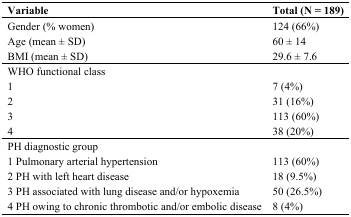
<table><thead><tr><td><b>Variable</b></td><td><b>Total (N = 189)</b></td></tr></thead><tbody><tr><td>Gender (% women)</td><td>124 (66%)</td></tr><tr><td>Age (mean ± SD)</td><td>60 ± 14</td></tr><tr><td>BMI (mean ± SD)</td><td>29.6 ± 7.6</td></tr><tr><td colspan="2">WHO functional class</td></tr><tr><td>1</td><td>7 (4%)</td></tr><tr><td>2</td><td>31 (16%)</td></tr><tr><td>3</td><td>113 (60%)</td></tr><tr><td>4</td><td>38 (20%)</td></tr><tr><td colspan="2">PH diagnostic group</td></tr><tr><td>1 Pulmonary arterial hypertension</td><td>113 (60%)</td></tr><tr><td>2 PH with left heart disease</td><td>18 (9.5%)</td></tr><tr><td>3 PH associated with lung disease and/or hypoxemia</td><td>50 (26.5%)</td></tr><tr><td>4 PH owing to chronic thrombotic and/or embolic disease</td><td>8 (4%)</td></tr></tbody></table>